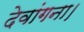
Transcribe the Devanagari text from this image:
देवांगना।